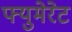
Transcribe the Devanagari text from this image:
फ्युमेरेट